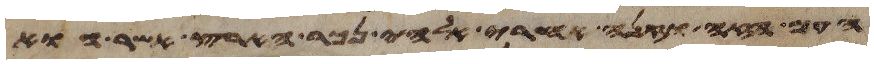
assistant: העם הזה וזנה אחרי אלהי נכר הארץ אשר הוא